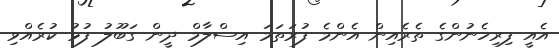
އެއީ ފިރިހެނުންގެ ތެރެއިން އެންމެ ފުރަތަމަ އިސްލާމް ދީން ގަބޫލު ފުޅު ކުރެއްވި